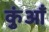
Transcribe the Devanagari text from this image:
कुंआँ